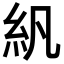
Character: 𬗄